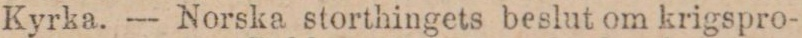
Kyrka. — Norska storthingets beslut om krigspro-